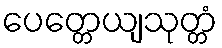
ပေတ္တေယျသုတ္တံ